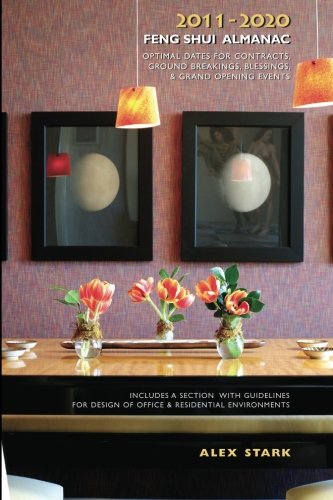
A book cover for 2011-2020 Feng Shui Almanac: Optimal Dates for Contracts, Ground Breakings, Blessings, and Grand Opening Events; Alex Stark; Religion & Spirituality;